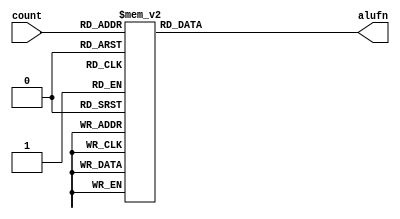
module alufn_count_5 (
    input [3:0] count,
    output reg [5:0] alufn
  );
  
  
  
  always @* begin
    
    case (count)
      4'h0: begin
        alufn = 6'h00;
      end
      4'h1: begin
        alufn = 6'h01;
      end
      4'h2: begin
        alufn = 6'h02;
      end
      4'h3: begin
        alufn = 6'h18;
      end
      4'h4: begin
        alufn = 6'h17;
      end
      4'h5: begin
        alufn = 6'h1e;
      end
      4'h6: begin
        alufn = 6'h16;
      end
      4'h7: begin
        alufn = 6'h1a;
      end
      4'h8: begin
        alufn = 6'h1c;
      end
      4'h9: begin
        alufn = 6'h20;
      end
      4'ha: begin
        alufn = 6'h21;
      end
      4'hb: begin
        alufn = 6'h23;
      end
      4'hc: begin
        alufn = 6'h35;
      end
      4'hd: begin
        alufn = 6'h39;
      end
      4'hf: begin
        alufn = 6'h3d;
      end
      default: begin
        alufn = 6'h00;
      end
    endcase
  end
endmodule